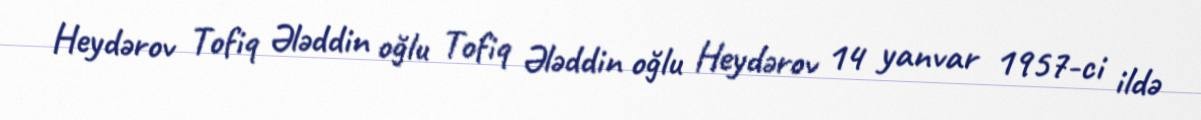
Heydərov Tofiq Ələddin oğlu Tofiq Ələddin oğlu Heydərov 14 yanvar 1957-ci ildə